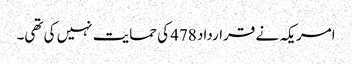
امریکہ نے قرارداد 478 کی حمایت نہیں کی تھی۔